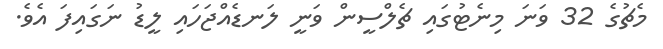
މެޗުގެ 32 ވަނަ މިނެޓުގައި ޗެލްސީން ވަނީ ލަނޑެއްޖަހައި ލީޑު ނަގައިފަ އެވެ.